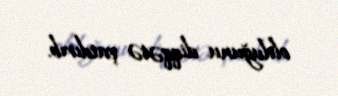
olduğunu diqqətə çatdırıb.